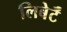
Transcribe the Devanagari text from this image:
लिबेर्टॅ